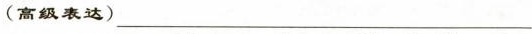
(高级表达) ___